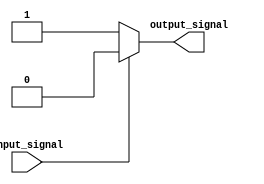
module if_else_statement (
    input wire input_signal,
    output reg output_signal
);

always @(*)
begin
    if (~input_signal)
    begin
        output_signal <= 1'b1; // executed if condition is false (negated)
    end
    else
    begin
        output_signal <= 1'b0; // executed if condition is true
    end
end

endmodule